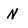
Character: N